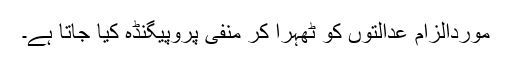
موردالزام عدالتوں کو ٹھہرا کر منفی پروپیگنڈہ کیا جاتا ہے۔